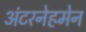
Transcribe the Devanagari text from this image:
अंटरनेहमेन